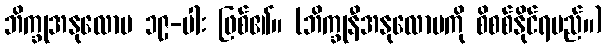
ဘိက္ခုအနုလောမ ၁၉-ပါး ဖြစ်၏။ (ဘိက္ခုနီအနုလောမကို စိစစ်နိုင်ရမည်။)